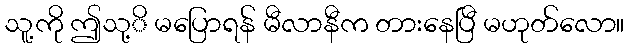
သူ့ကို ဤသု့ိ မပြောရန် မီလာနီက တားနေပြီ မဟုတ်လော။